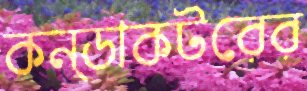
কন্ডাকটরের